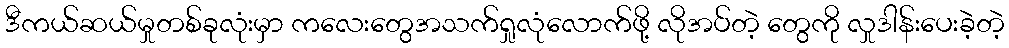
ဒီကယ်ဆယ်မှုတစ်ခုလုံးမှာ ကလေးတွေအသက်ရှုလုံလောက်ဖို့ လိုအပ်တဲ့ တွေကို လှုဒါန်းပေးခဲ့တဲ့